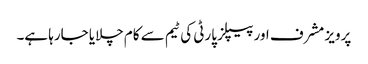
پرویز مشرف اور پیپلز پارٹی کی ٹیم سے کام چلایا جارہا ہے۔